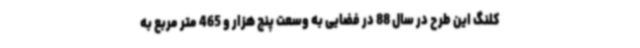
کلنگ این طرح در سال 88 در فضایی به وسعت پنج هزار و 465 متر مربع به